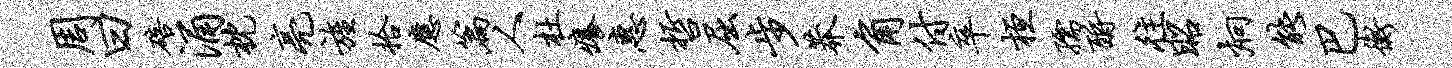
周曰碚涌枕亮旌拾应篇人杜痒惠哲屈步莽角付卒桓孺酹往昭炯能巴衡